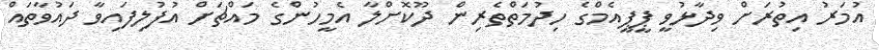
އުމަރު އިތުރަށް ވިދާޅުވީ ޕީޕީއެމްގެ ހިދުމަތްތެރިން ދޫކޮށްލާ އެމީހުންގެ މައްޗަށް އުފުލިފައިވާ ދައުވާތައް